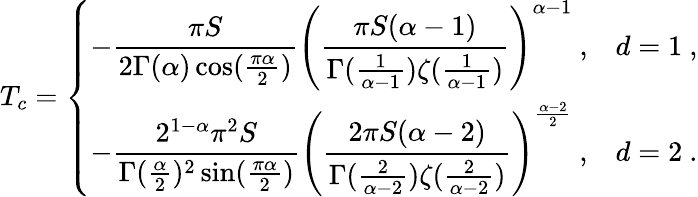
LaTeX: T_{c}=\left\{ \begin{array}{ll}{-{\displaystyle{\frac{\pi S}{2\Gamma(\alpha)\cos(\frac{\pi\alpha}{2})}}}\left({\displaystyle{\frac{\pi S(\alpha-1)}{\Gamma(\frac{1}{\alpha-1})\zeta(\frac{1}{\alpha-1})}}}\right)^{\alpha-1}~,}&{d=1~,}\\ {-{\displaystyle{\frac{2^{1-\alpha}\pi^{2}S}{\Gamma(\frac\alpha 2)^{2}\sin(\frac{\pi\alpha}{2})}}}\left({\displaystyle{\frac{2\pi S(\alpha-2)}{\Gamma(\frac{2}{\alpha-2})\zeta(\frac{2}{\alpha-2})}}}\right)^{\frac{\alpha-2}{2}}~,}&{d=2~.}\end{array}\right.